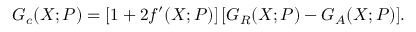
G _ { c } ( X ; P ) = [ 1 + 2 f ^ { \prime } ( X ; P ) ] \, [ G _ { R } ( X ; P ) - G _ { A } ( X ; P ) ] .